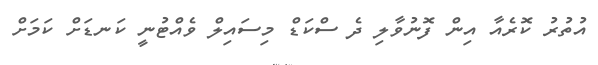
އުތުރު ކޮރެއާ އިން ފޮނުވާލި ދެ ސްކަޑް މިސައިލް ވެއްޓުނީ ކަނޑަށް ކަމަށް